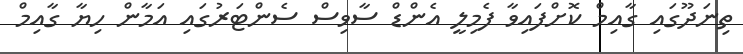
ތިނަދޫގައި ގާއިމް ކޮށްފައިވާ ފެމިލީ އެންޑް ސާވިސް ސެންޓަރުގައި އަމާން ހިޔާ ގާއިމް